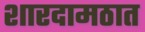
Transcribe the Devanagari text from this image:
शारदामठात